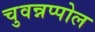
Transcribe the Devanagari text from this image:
चुवन्नप्पोल